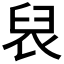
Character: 𮍦